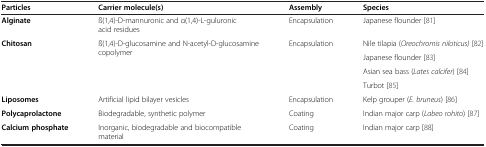
<table><thead><tr><td><b>Particles</b></td><td><b>Carrier molecule(s)</b></td><td><b>Assembly</b></td><td><b>Species</b></td></tr></thead><tbody><tr><td><b>Alginate</b></td><td>ß(1,4)-D-mannuronic and α(1,4)-L-guluronic acid residues</td><td>Encapsulation</td><td>Japanese flounder [81]</td></tr><tr><td rowspan="4"><b>Chitosan</b></td><td rowspan="4">ß(1,4)-D-glucosamine and N-acetyl-D-glucosamine copolymer</td><td rowspan="4">Encapsulation</td><td>Nile tilapia (<i>Oreochromis niloticus)</i>[82]</td></tr><tr><td>Japanese flounder [83]</td></tr><tr><td>Asian sea bass (<i>Lates calcifer</i>) [84]</td></tr><tr><td>Turbot [85]</td></tr><tr><td><b>Liposomes</b></td><td>Artificial lipid bilayer vesicles</td><td>Encapsulation</td><td>Kelp grouper (<i>E. bruneus</i>) [86]</td></tr><tr><td><b>Polycaprolactone</b></td><td>Biodegradable, synthetic polymer</td><td>Coating</td><td>Indian major carp (<i>Labeo rohito</i>) [87]</td></tr><tr><td><b>Calcium phosphate</b></td><td>Inorganic, biodegradable and biocompatible material</td><td>Coating</td><td>Indian major carp [88]</td></tr></tbody></table>